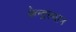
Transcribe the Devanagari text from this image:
केन्द्रस्थान